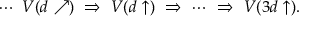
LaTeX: \cdots \, \, V ( d \nearrow ) \, \, \Rightarrow \, \, V ( d \uparrow ) \, \, \Rightarrow \, \, \cdots \, \, \Rightarrow \, \, V ( 3 d \uparrow ) .